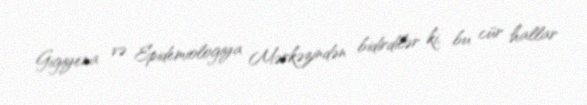
Gigiyena və Epidemiologiya Mərkəzindən bidirdilər ki, bu cür hallar